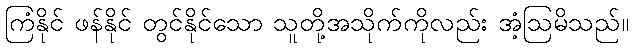
ကြံနိုင် ဖန်နိုင် တွင်နိုင်သော သူတို့အသိုက်ကိုလည်း အံ့ဩမိသည်။